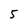
Character: 5